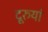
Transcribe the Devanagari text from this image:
दूरुयां